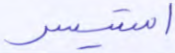
استيسر